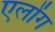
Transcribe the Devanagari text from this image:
एलोंग